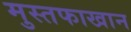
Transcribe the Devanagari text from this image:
मुस्तफाखान